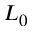
L _ { 0 }